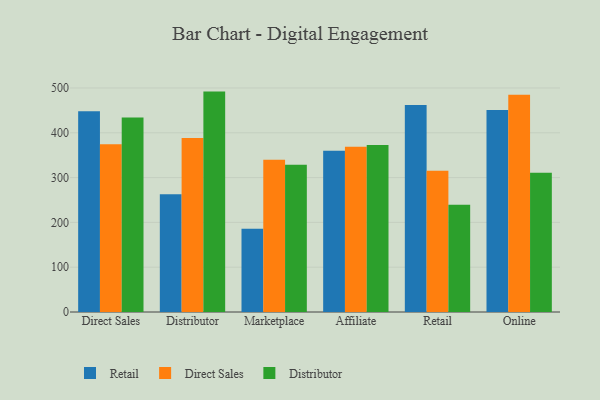
{"axis": {"x": "Channel", "y": "Active Users"}, "legend": ["Direct Sales", "Distributor", "Retail"], "data": [{"x": "Direct Sales", "y": 447.9, "type": "Retail"}, {"x": "Direct Sales", "y": 374.2, "type": "Direct Sales"}, {"x": "Direct Sales", "y": 434.1, "type": "Distributor"}, {"x": "Distributor", "y": 262.8, "type": "Retail"}, {"x": "Distributor", "y": 388.1, "type": "Direct Sales"}, {"x": "Distributor", "y": 491.9, "type": "Distributor"}, {"x": "Marketplace", "y": 185.8, "type": "Retail"}, {"x": "Marketplace", "y": 339.6, "type": "Direct Sales"}, {"x": "Marketplace", "y": 328.5, "type": "Distributor"}, {"x": "Affiliate", "y": 360.1, "type": "Retail"}, {"x": "Affiliate", "y": 368.9, "type": "Direct Sales"}, {"x": "Affiliate", "y": 372.5, "type": "Distributor"}, {"x": "Retail", "y": 462.0, "type": "Retail"}, {"x": "Retail", "y": 315.1, "type": "Direct Sales"}, {"x": "Retail", "y": 239.6, "type": "Distributor"}, {"x": "Online", "y": 450.6, "type": "Retail"}, {"x": "Online", "y": 484.8, "type": "Direct Sales"}, {"x": "Online", "y": 310.6, "type": "Distributor"}]}